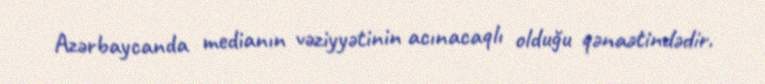
Azərbaycanda medianın vəziyyətinin acınacaqlı olduğu qənaətindədir.